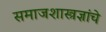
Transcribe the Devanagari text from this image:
समाजशास्त्रज्ञांचे